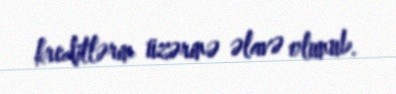
kreditlərin üzərinə əlavə olunub.